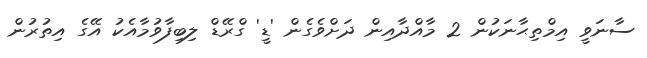
ސާނަވީ އިމްތިޙާނަކުން 2 މާއްދާއިން ދަށްވެގެން 'ޑީ' ގްރޭޑް ލިބިފާވުމާއެކު އޭގެ އިތުރުން